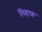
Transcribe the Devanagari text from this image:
लिहाफ़